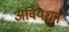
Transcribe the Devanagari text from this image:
अवियशन